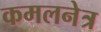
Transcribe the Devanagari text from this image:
कमलनेत्र